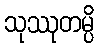
သုဿုတမ္ပိ